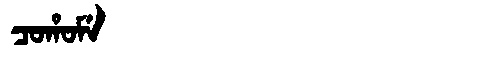
Manchu: ᠴᠣᡥᠣᠮᡝ
Romanization: COHOME